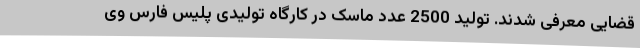
قضایی معرفی شدند. تولید 2500 عدد ماسک در کارگاه تولیدی پلیس فارس وی